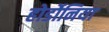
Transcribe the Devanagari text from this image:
होर्डोनिया